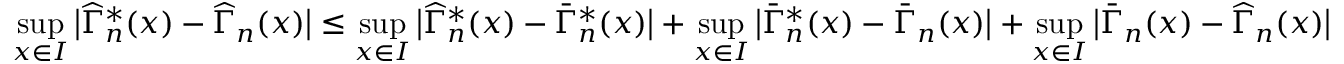
\operatorname* { s u p } _ { x \in I } \big | \widehat { \Gamma } _ { n } ^ { * } ( x ) - \widehat { \Gamma } _ { n } ( x ) \big | \leq \operatorname* { s u p } _ { x \in I } \big | \widehat { \Gamma } _ { n } ^ { * } ( x ) - \bar { \Gamma } _ { n } ^ { * } ( x ) \big | + \operatorname* { s u p } _ { x \in I } \big | \bar { \Gamma } _ { n } ^ { * } ( x ) - \bar { \Gamma } _ { n } ( x ) \big | + \operatorname* { s u p } _ { x \in I } \big | \bar { \Gamma } _ { n } ( x ) - \widehat { \Gamma } _ { n } ( x ) \big |